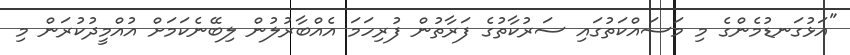
"އަޅުގަނޑުމެންގެ މި މަސައްކަތުގައި ސަރުކާތުގެ ފަރާތުން ފުރިހަމަ އެއްބާރުލުން ލިބޭނެކަމަށް އުއްމީދުކުރަން މި